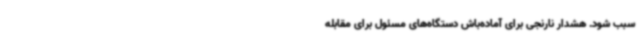
سبب شود. هشدار نارنجی برای آماده‌باش دستگاه‌های مسئول برای مقابله